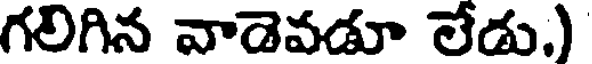
గలిగిన వాడెవడూ లేడు.)